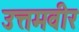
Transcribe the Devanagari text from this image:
उत्तमवीर